Civil Veterinary Department. Central Provinces & Berar 1932-41 - 1932-1941
Year: 1932
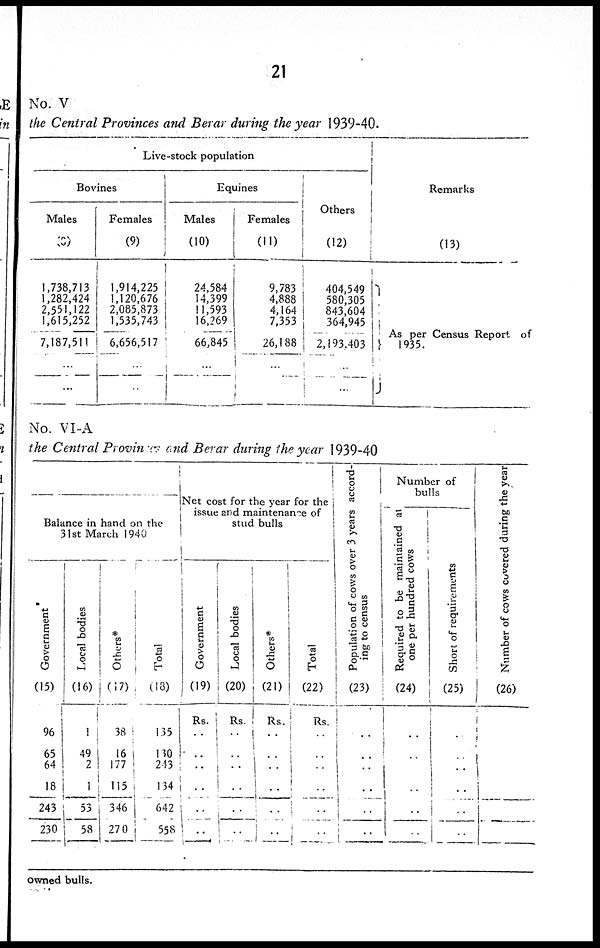
21
No. V
the Central Provinces and Berar during the year 1939-40.
Live-stock population
Bovines
Males
(8)
1,738,713
1,282,424
2,551,122
1,615,252
7,187,511
...
...
Females
(9)
1,914,225
1,120,676
2,085,873
1,535,743
6,656,517
...
...
Equines
Males
(10)
24,584
14,399
11,593
16,269
66,845
...
...
Females
(11)
9,783
4,888
4,164
7,353
26,188
...
...
Others
(12)
404,549
580,305
843,604
364,945
2,193,403
...
...
Remarks
(13)
As per Census Report of
1935.
No. VI-A
the Central Provinces and Berar during the year 1939-40
Balance in hand on the
31st March 1940
Government
(15)
96
65
64
18
243
230
Local bodies
(16)
1
49
2
1
53
58
Others*
(17)
38
16
177
115
346
270
Total
(18)
135
130
243
134
642
558
Net cost for the year for the
issue and maintenance of
stud bulls
Government
(19)
Rs.
..
..
..
..
..
..
Local bodies
(20)
Rs.
..
..
..
..
..
..
Others*
(21)
Rs.
..
..
..
..
..
..
Total
(22)
Rs.
..
..
..
..
..
..
Population of cows over 3 years accord-
ing to census
(23)
..
..
..
..
..
..
Number of
bulls
Required to be maintained at
one per hundred cows
(24)
..
..
..
..
..
..
Short of requirements
(25)
..
..
..
..
..
..
Number of cows covered during the year
(26)
owned bulls.